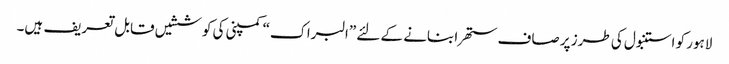
لاہور کو استنبول کی طرز پر صاف ستھرا بنانے کے لئے ”البراک“ کمپنی کی کوششیں قابل تعریف ہیں۔